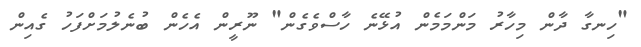
"ހިނގާ ދާން މިހާރު މަންމަމެން އުޅޭނެ ހާސްވެގެން" ނޫރީން އެހެން ބުނެލުމަށްފަހު ގެއިން